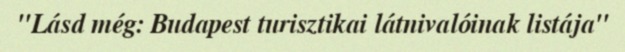
"Lásd még: Budapest turisztikai látnivalóinak listája"